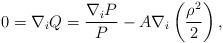
LaTeX: \begin{align*}0=\nabla_{i}Q=\frac{\nabla_{i}P}{P}-A\nabla_{i}\left(\frac{\rho^{2}}{2}\right),\end{align*}